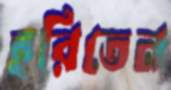
হরিতেন